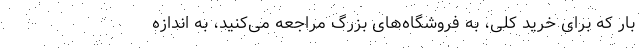
بار که برای خرید کلی، به فروشگاه‌های بزرگ مراجعه می‌کنید، به اندازه